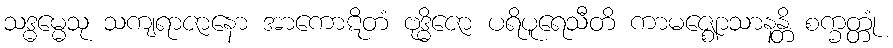
သဒ္ဓမ္မေသု သကျရာဇာနော အာကောဋိတံ ဗုဒ္ဓိဇော ပရိပူရေသီတိ ကာမဇ္ဈောသာနန္တိ စက္ခတ္တုံ